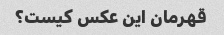
قهرمان این عکس کیست؟